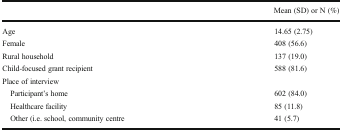
|  | Mean (SD) or N (%) |
 | --- | --- |
 | Age | 14.65 (2.75) |
 | Female | 408 (56.6) |
 | Rural household | 137 (19.0) |
 | Child-focused grant recipient | 588 (81.6) |
 | <COLSPAN=2> Place of interview |
 | Participant’s home | 602 (84.0) |
 | Healthcare facility | 85 (11.8) |
 | Other (i.e. school, community centre | 41 (5.7) |